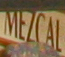
MEZCAL